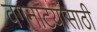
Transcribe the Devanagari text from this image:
वगनाटयांसाठी